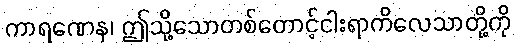
ကာရဏေန၊ ဤသို့သောတစ်တောင့်ငါးရာကိလေသာတို့ကို